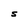
Character: S